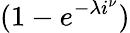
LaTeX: (1-e^{-\lambda i^{\nu}})